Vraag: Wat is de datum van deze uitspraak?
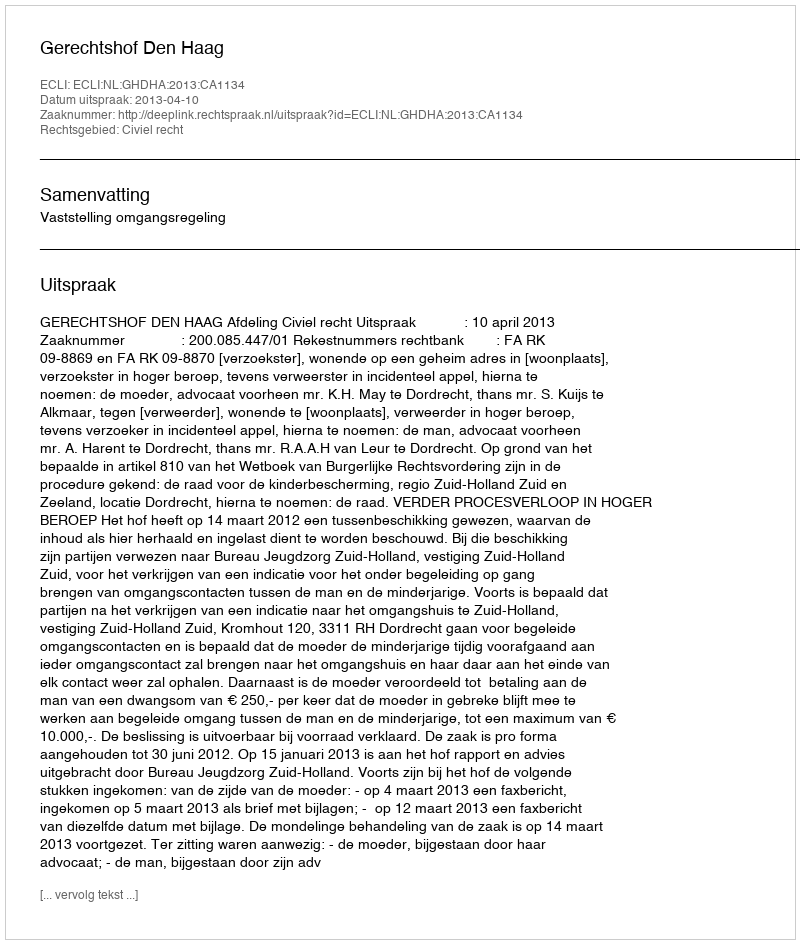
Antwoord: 2013-04-10